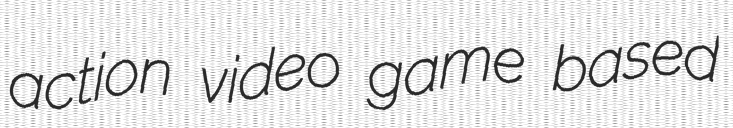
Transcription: action video game based